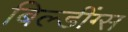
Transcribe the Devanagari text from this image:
बिल्डींग्स